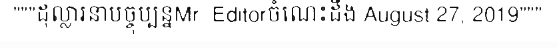
"""ដុល្លារនាបច្ចុប្បន្នMr. Editorចំណេះដឹង August 27, 2019"""